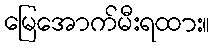
မြေအောက်မီးရထား။